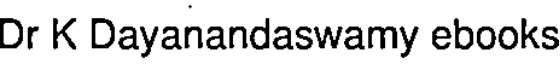
Dr K Dayanandaswamy ebooks